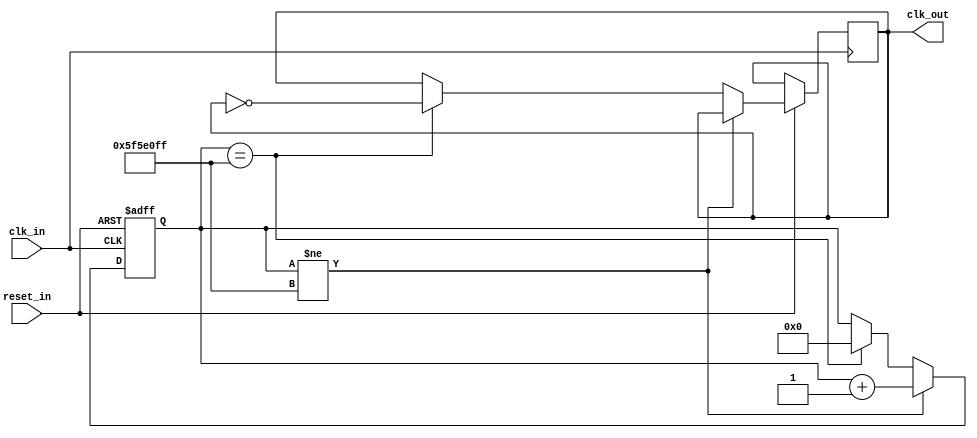
module clockdivide
    # (parameter div_val = 28'd100000000)
    (clk_in, reset_in, clk_out);
    input clk_in;
    input reset_in;
    output clk_out;
    
    reg clk_int;
    
    reg [27:0] count = 0;
    
    always @ (posedge clk_in or negedge reset_in) begin
       if (reset_in == 1'b0) begin
           count <= 0;
       end else begin
       if (count != (div_val-1'b1)) begin
           count <= count + 1'b1;
       end else if (count == (div_val-1'b1)) begin
           clk_int <= ~clk_int;
           count <= 0;
       end
       end
    end //always
    
    assign clk_out = clk_int;
    
    endmodule